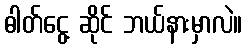
ဓါတ်ငွေ့ ဆိုင် ဘယ်နားမှာလဲ။